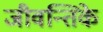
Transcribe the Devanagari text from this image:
जीवन्तिके